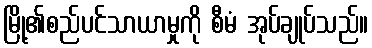
မြို့၏စည်ပင်သာယာမှုကို စီမံ အုပ်ချုပ်သည်။